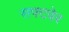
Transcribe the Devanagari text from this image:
सफ्टवेर